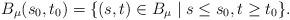
LaTeX: \begin{align*}B_\mu(s_0,t_0) =\lbrace(s, t) \in B_\mu \mid s \le s_0, t \ge t_0\rbrace.\end{align*}